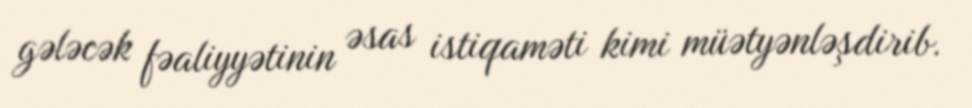
gələcək fəaliyyətinin əsas istiqaməti kimi müətyənləşdirib.